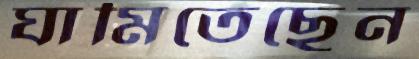
ঘামিতেছেন